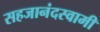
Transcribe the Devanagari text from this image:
सहजानंदस्वामी